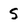
Character: S